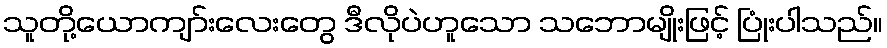
သူတို့ယောကျာ်းလေးတွေ ဒီလိုပဲဟူသော သဘောမျိုးဖြင့် ပြုံးပါသည်။